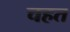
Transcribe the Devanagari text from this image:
चहत